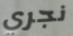
نجري